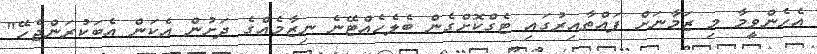
އެހެންވީމާ މި ޒަމާނަށް ފައްތާއިރުގައި ޓެގްކޮށްގެން ބެލެހެއްޓޭނެ ނިޒާމެއްގެ ދަށުން އެކަން އެބަކުރަންޖެހޭ"